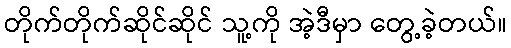
တိုက်တိုက်ဆိုင်ဆိုင် သူ့ကို အဲ့ဒီမှာ တွေ့ခဲ့တယ်။